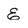
Character: E